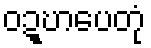
ဝဍ္ဎာပေတုံ